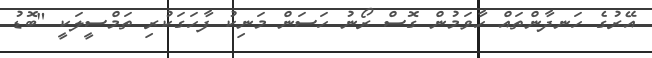
އޭރުގެ ހަނދާންތައް ހާވަމުން ގޮސް ރޯނު ހަސަން މަނިކު ފާހަގަކުރި ތަމްސީލަކީ "ބޮޑު